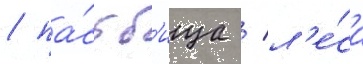
/ па́стб'ища / л'е́са